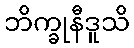
ဘိက္ခုနီဒူသိ